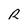
Character: R